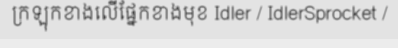
ក្រឡុកខាងលើផ្នែកខាងមុខ Idler / IdlerSprocket /